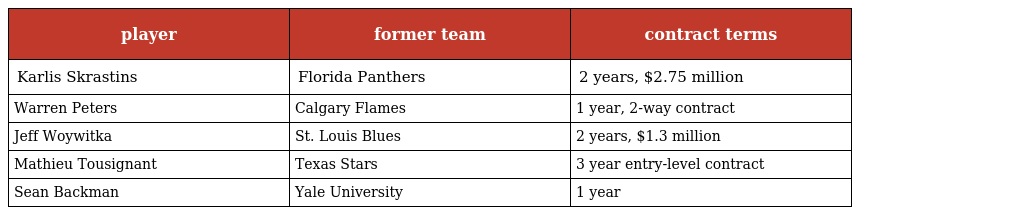
| player | former team | contract terms |
 | --- | --- | --- |
 | Karlis Skrastins | Florida Panthers | 2 years, $2.75 million |
 | Warren Peters | Calgary Flames | 1 year, 2-way contract |
 | Jeff Woywitka | St. Louis Blues | 2 years, $1.3 million |
 | Mathieu Tousignant | Texas Stars | 3 year entry-level contract |
 | Sean Backman | Yale University | 1 year |